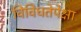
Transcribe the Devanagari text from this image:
विविधतेपेक्षा